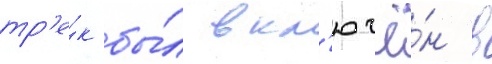
тр'е́к бы́л вкл'ючё́н в